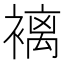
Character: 褵